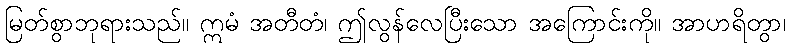
မြတ်စွာဘုရားသည်။ ဣမံ အတီတံ၊ ဤလွန်လေပြီးသော အကြောင်းကို။ အာဟရိတွာ၊